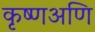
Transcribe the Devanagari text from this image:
कृष्णअणि